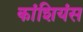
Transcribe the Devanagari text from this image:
कांशियंस